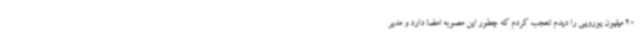
20 میلیون یورویی را دیدم تعجب کردم که چطور این مصوبه امضا دارد و مدیر